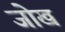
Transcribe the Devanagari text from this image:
जोख